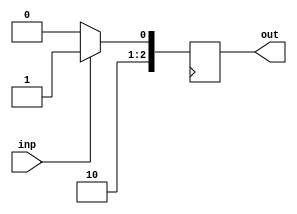
module reg__q_pin (
  input        inp, 
  output [2:0] out
);

wire [2:0] out_next = inp == 1 ? 3'd4 + 3'd1 : 3'd4;

always @ (posedge clock) begin 
  out <= out_next;
end
endmodule